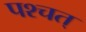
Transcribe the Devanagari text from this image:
पश्चत्